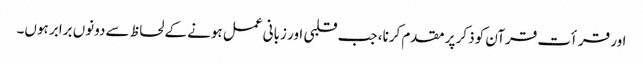
اور قرأت قرآن کو ذکر پر مقدم کرنا، جب قلبی اور زبانی عمل ہونے کے لحاظ سے دونوں برابر ہوں۔